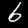
Label: 6